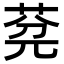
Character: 𦯲